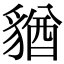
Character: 𧳫